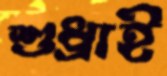
শুধ্‌রাই